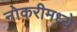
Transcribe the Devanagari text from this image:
नोकरीमध्ये